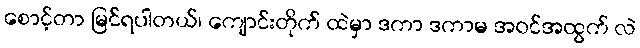
စောင့်တာ မြင်ရပါတယ်၊ ကျောင်းတိုက် ထဲမှာ ဒကာ ဒကာမ အဝင်အထွက် လဲ